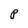
Character: P